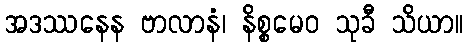
အဒဿနေန ဗာလာနံ၊ နိစ္စမေဝ သုခီ သိယာ။